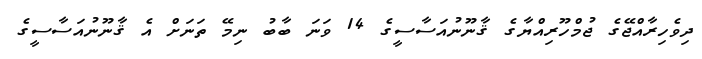
ދިވެހިރާއްޖޭގެ ޖުމްހޫރިއްޔާގެ ޤާނޫނުއަސާސީގެ 14 ވަނަ ބާބު ނިމޭ ތަނަށް އެ ޤާނޫނުއަސާސީގެ